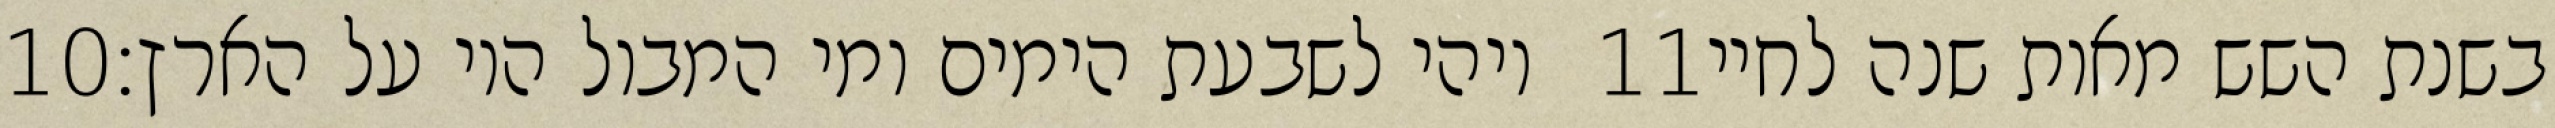
‎10‏ ויהי לשבעת הימים ומי המבול היו על הארץ׃ ‎11‏ בשנת השש מאות שנה לחיי